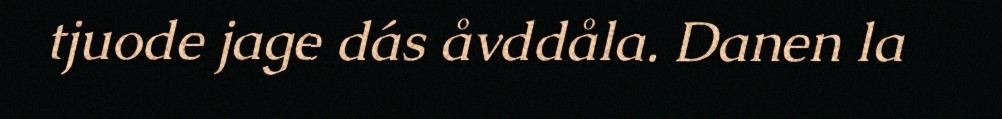
tjuode jage dás åvddåla. Danen la